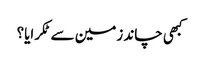
کبھی چاند زمین سے ٹکرایا؟